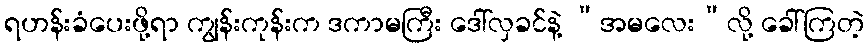
ရဟန်းခံပေးဖို့ရာ ကျွန်းကုန်းက ဒကာမကြီး ဒေါ်လှခင်နဲ့ “အမလေး”လို့ ခေါ်ကြတဲ့